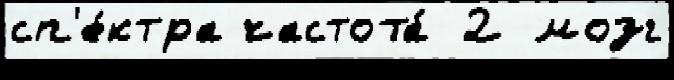
сп'е́ктра частота́ 2 мозг